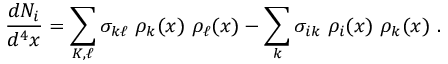
{ \frac { d N _ { i } } { d ^ { 4 } x } } = \sum _ { K , \ell } \sigma _ { k \ell } \ \rho _ { k } ( x ) \ \rho _ { \ell } ( x ) - \sum _ { k } \sigma _ { i k } \ \rho _ { i } ( x ) \ \rho _ { k } ( x ) \ .